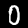
Label: 0